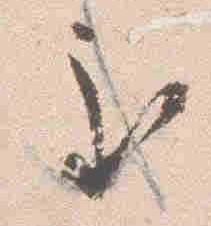
至